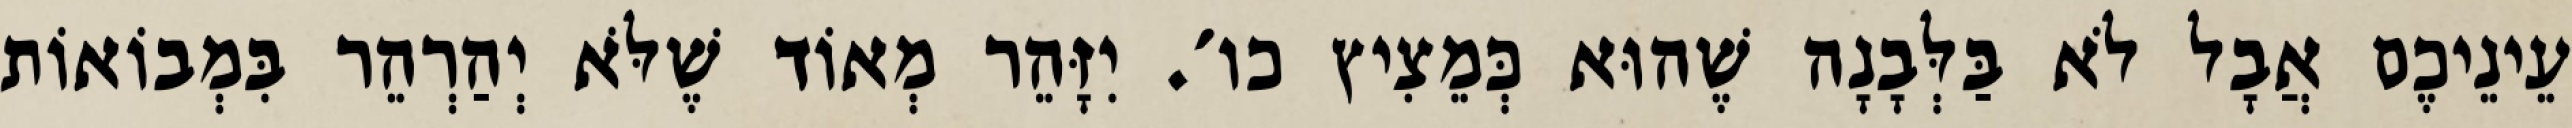
עֵינֵיכֶם אֲבָל לֹא בַּלְּבָנָה שֶׁהוּא כְּמֵצִיץ כו׳. יִזָּהֵר מְאוֹד שֶׁלֹּא יְהַרְהֵר בִּמְבוֹאוֹת